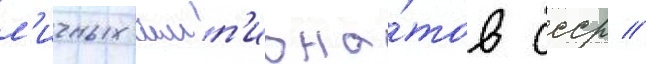
л'ичных чемп'иона́тов ссср //